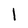
Character: l